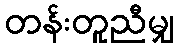
တန်းတူညီမျှ